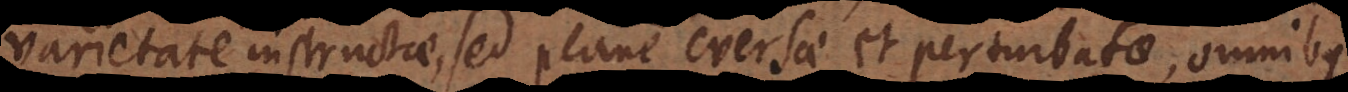
varietate instructae, sed plane eversae et perturbatae, omnibus